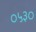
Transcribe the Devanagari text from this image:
०५३०